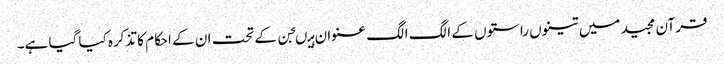
قرآن مجید میں تینوں راستوں کے الگ الگ عنوان ہیںجن کے تحت ان کے احکام کا تذکرہ کیا گیا ہے۔